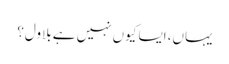
یہاں، ایسا کیوں نہیں ہے بلاول؟